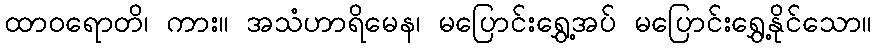
ထာဝရောတိ၊ ကား။ အသံဟာရိမေန၊ မပြောင်းရွှေ့အပ် မပြောင်းရွှေ့နိုင်သော။